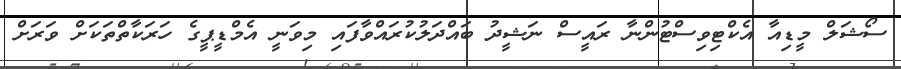
ސޯޝަލް މީޑިއާ އެކްޓިވިސްޓުންނާ ރައީސް ނަޝީދު ބައްދަލުކުރައްވާފައި މިވަނީ އެމްޑީޕީގެ ހަރަކާތްތަކަށް ވަރަށް